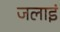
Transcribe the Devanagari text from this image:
जलाइं